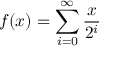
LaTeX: f ( x ) = \sum _ { i = 0 } ^ { \infty } { \frac { x } { 2 ^ { i } } }